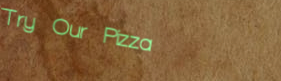
Try Our Pizza